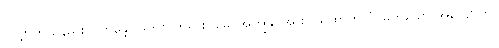
လျှောက်သနည်း။) ဘန္တေ၊ မြတ်စွာဘုရား။ မေ၊ အကျွန်ုပ်အား။ ယထာဗာလံ၊ မိုက်သော အလျောက်။